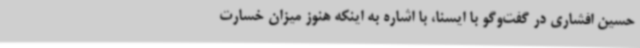
حسین افشاری در گفت‌وگو با ایسنا، با اشاره به اینکه هنوز میزان خسارت